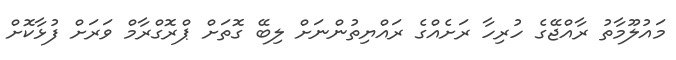
މައުލޫމާތު ރާއްޖޭގެ ހުރިހާ ރަށެއްގެ ރައްޔިތުންނަށް ލިބޭ ގޮތަށް ޕްރޮގްރާމް ވަރަށް ފުޅާކޮށް